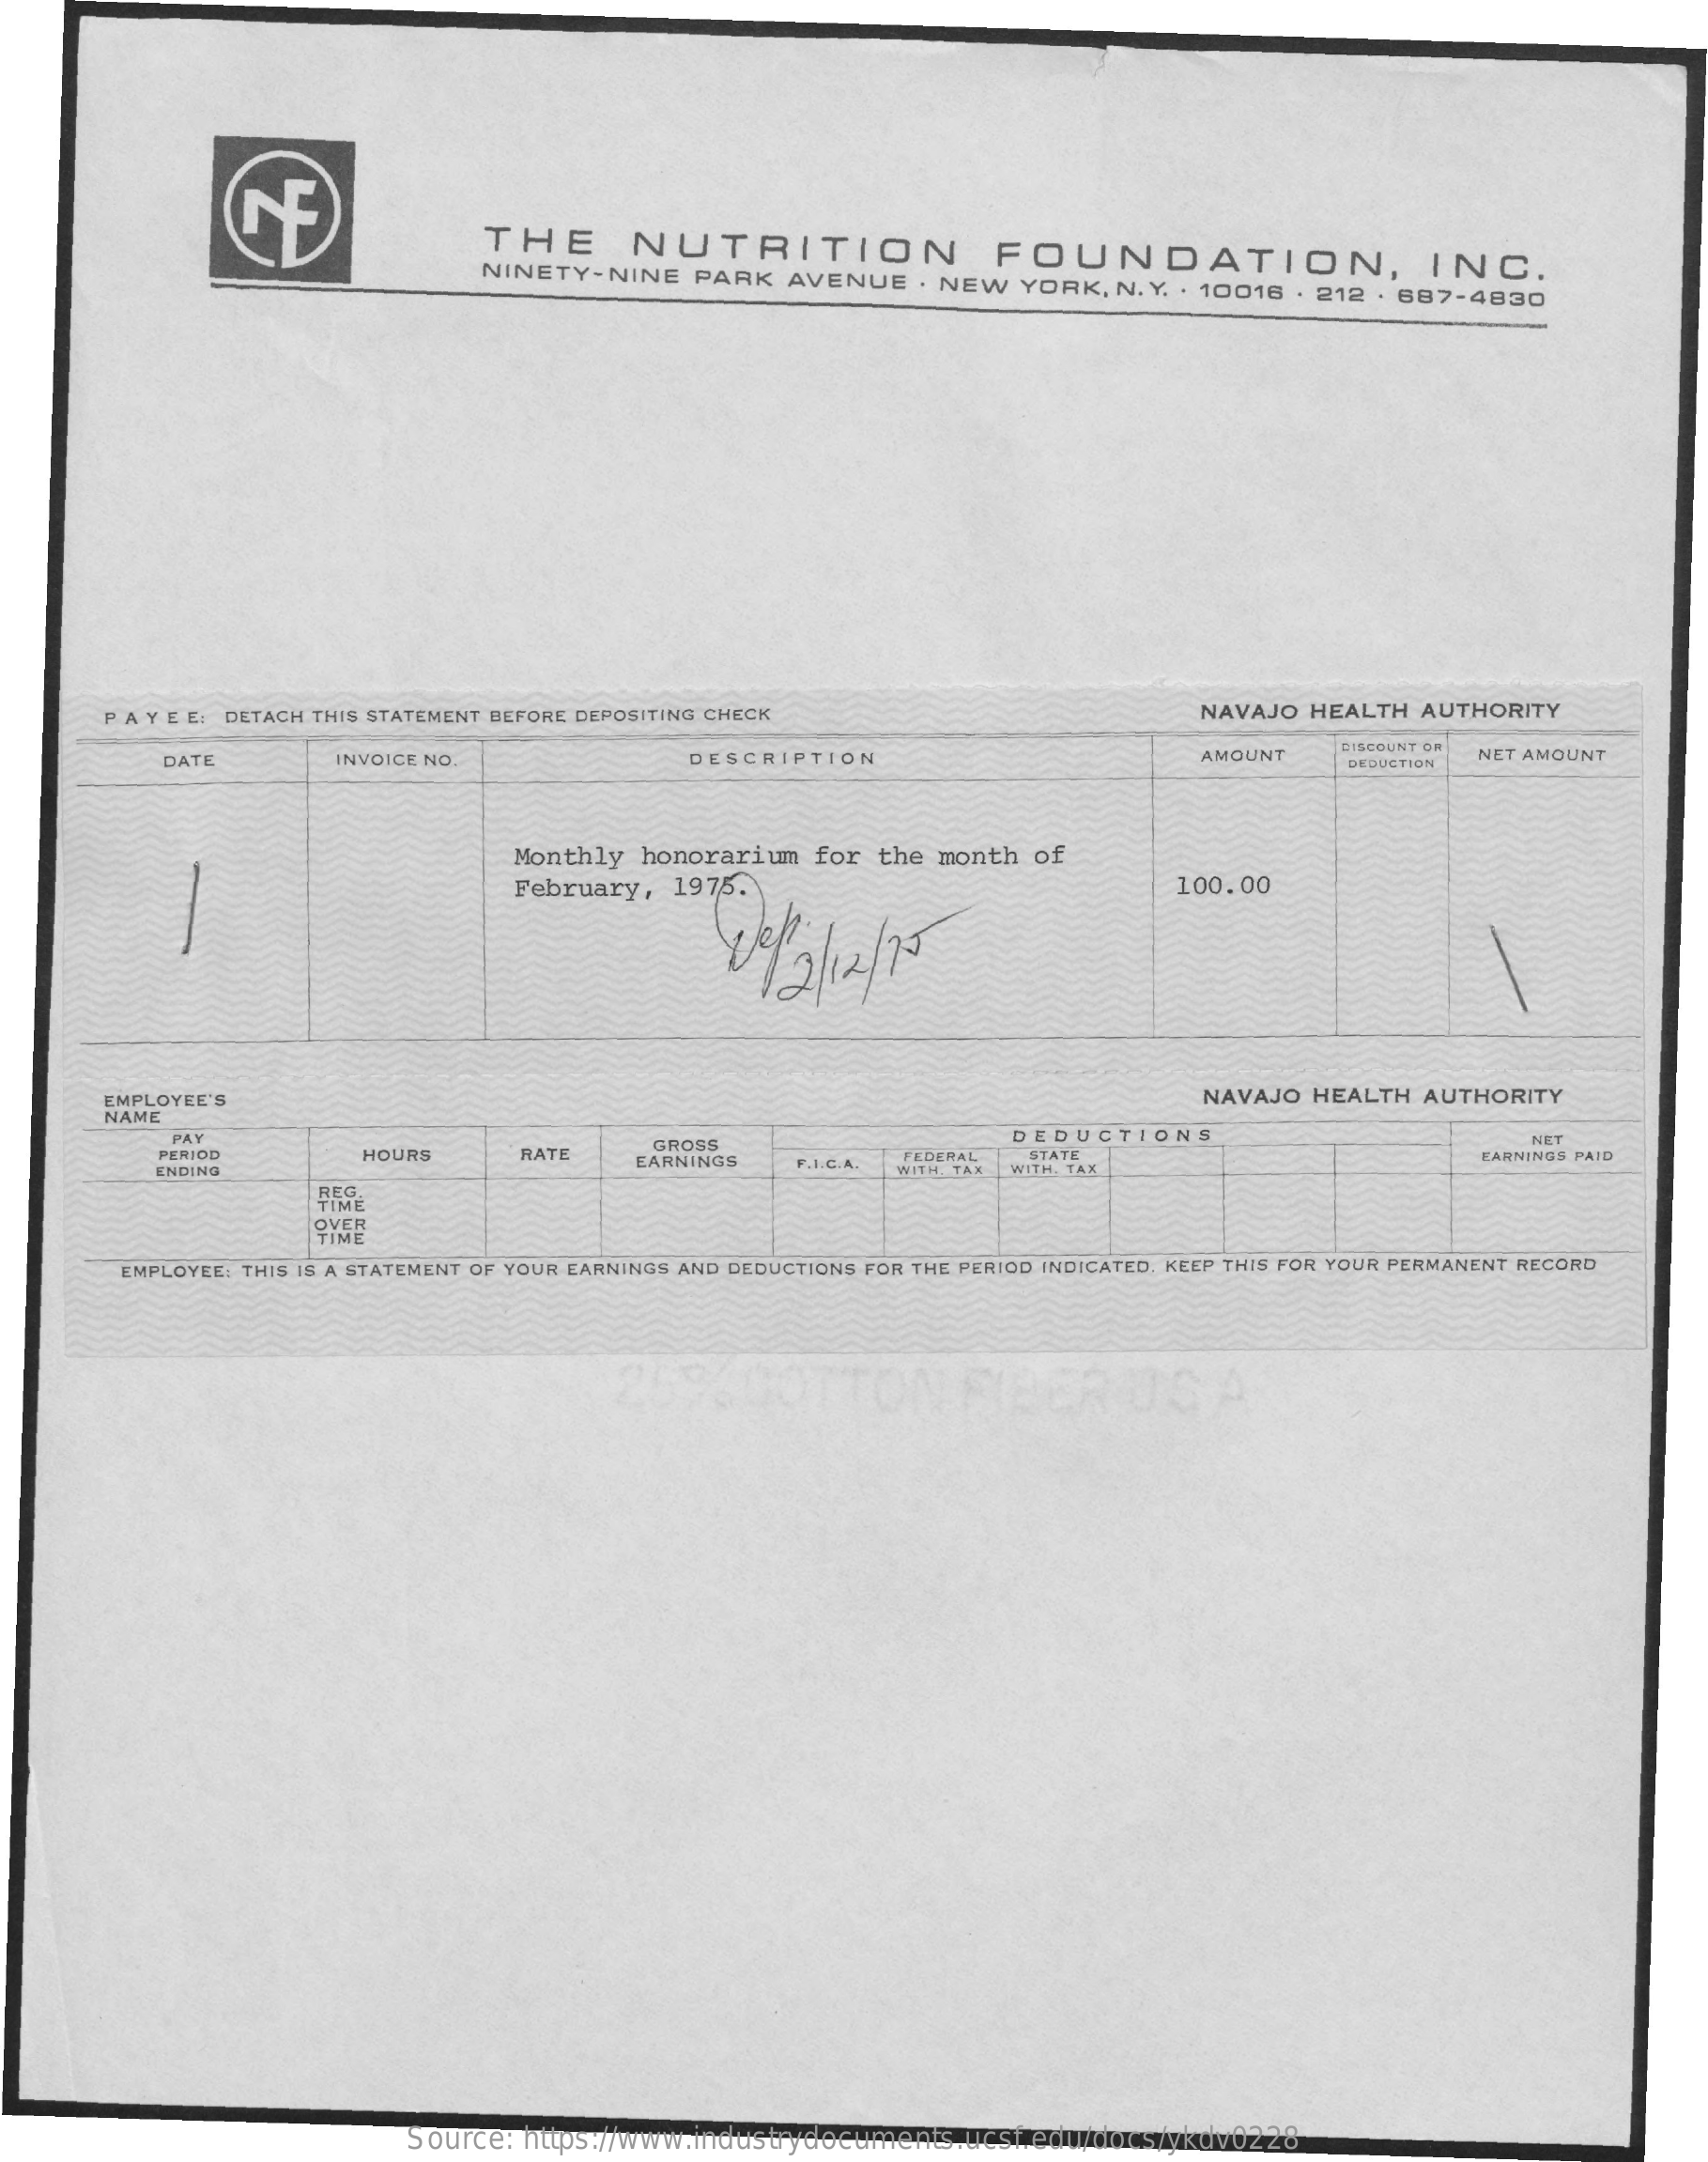
THE    NUTRITION    FOUNDATION,    INC. NINETY-NINE PARK AVENUE . NEW YORK, N. Y. . 10016 . 212 . 687-4830
     PAY E E: DETACH THIS STATEMENT BEFORE DEPOSITING CHECK    NAVAJO HEALTH  AUTHORITY
     DATE    INVOICE NO.    DESCRIPTION    AMOUNT    DISCOUNT OF
     DEDUCTION
     NET AMOUNT
     Monthly  honorarium  for  the month  of
     February,  1975.    100.00
     EMPLOYEE'S    NAVAJO HEALTH  AUTHORITY
     NAME
     PAY
     HOURS    RATE
     GROSS    DEDUCTIONS
     PERIOD
     F.I.C.A.
     FEDERAL  STATE
     NET
     EARNINGS PAID
     ENDING
     EARNINGS
     WITH. TAX WITH. TAX
     TIME
     EMPLOYEE: THIS IS A STATEMENT OF YOUR EARNINGS AND DEDUCTIONS FOR THE PERIOD INDICATED, KEEP THIS FOR YOUR PERMANENT RECORD
     FIBER    USA
     Source:  https://www.industrydocuments.ucsf.edu/docs/ykdv0228